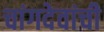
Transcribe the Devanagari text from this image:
चांगदेवांची